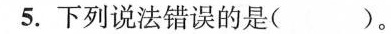
5.下列说法错误的是( )。